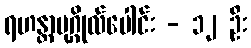
ရဟန္တာပုဂ္ဂိုလ်ပေါင်း - ၁၂ ဦး